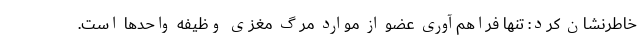
خاطرنشان کرد: تنها فراهم‌آوری عضو از موارد مرگ مغزی وظیفه واحدها است.